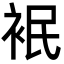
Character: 𮕸